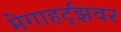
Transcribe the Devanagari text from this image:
मेगाहर्ट्‌झवर